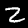
Digit: 2